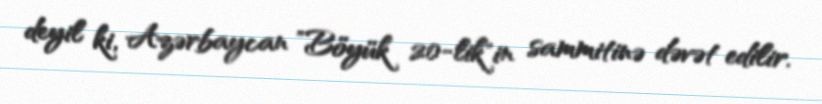
deyil ki, Azərbaycan ”Böyük 20-lik"in sammitinə dəvət edilir.